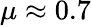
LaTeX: \mu\approx 0.7